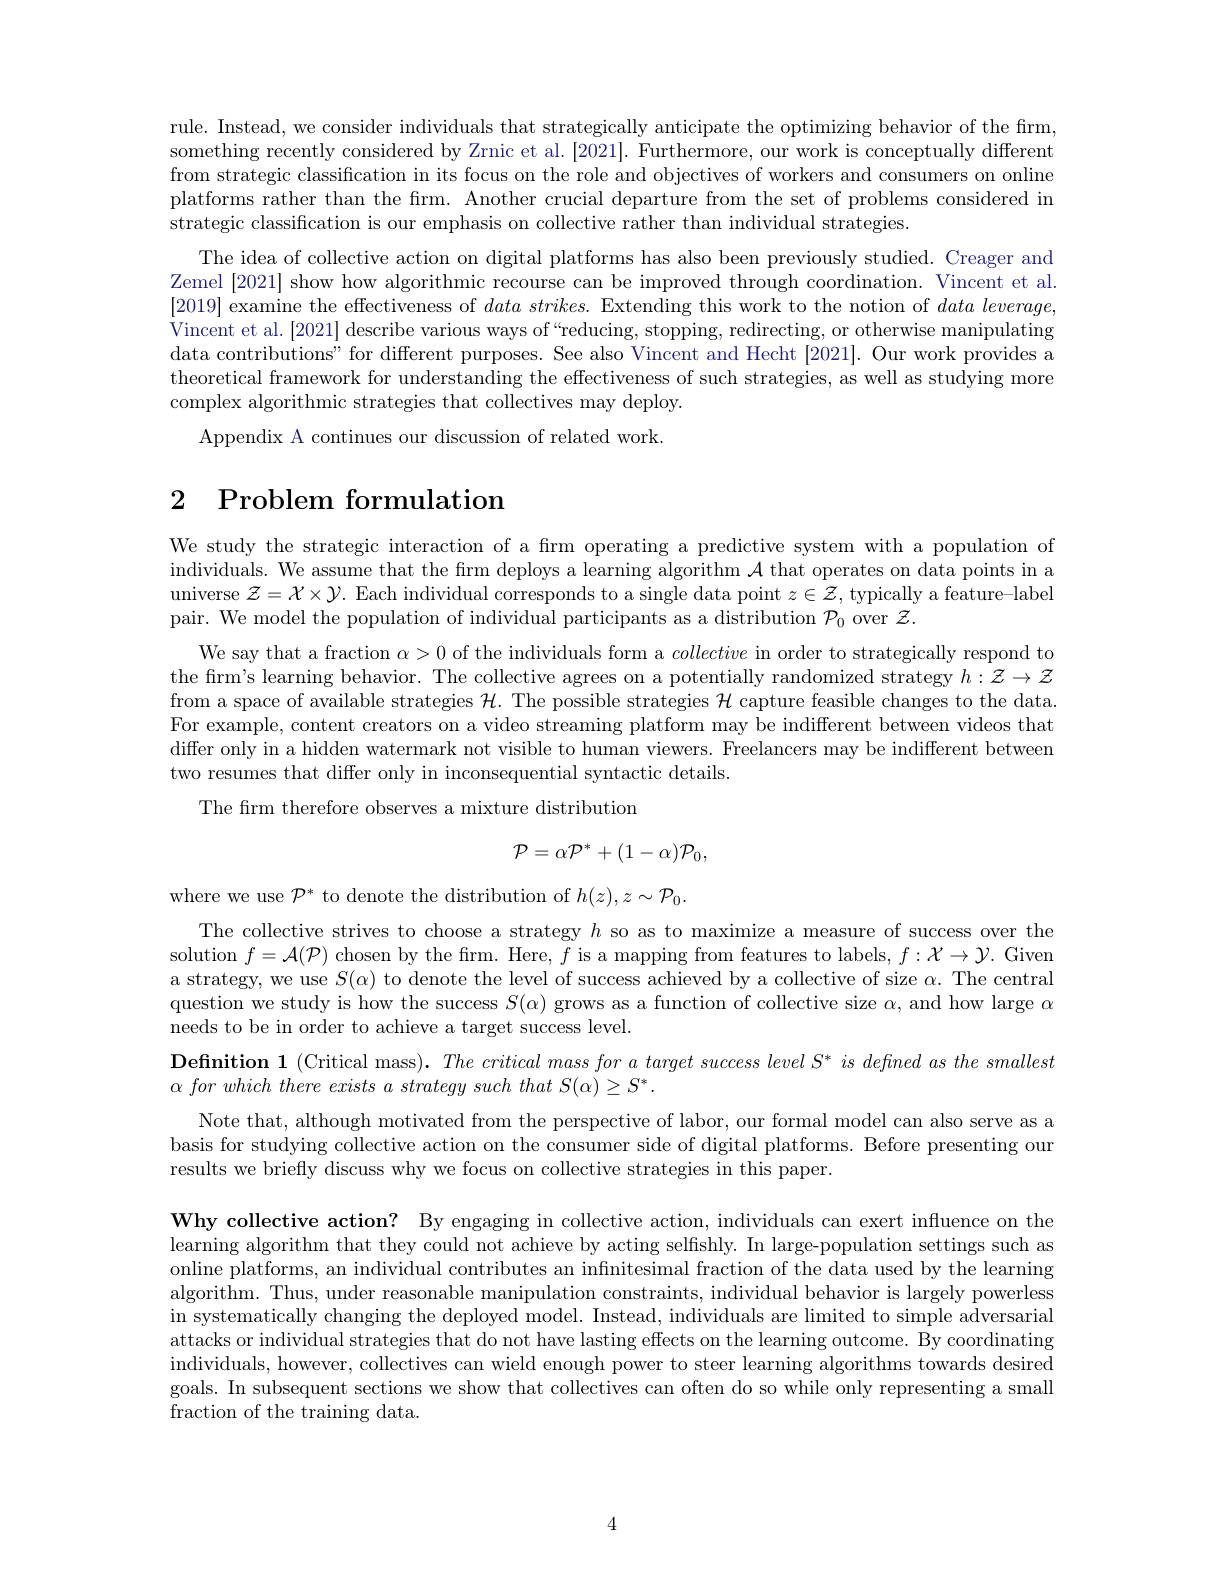
rule. Instead, we consider individuals that strategically anticipate the optimizing behavior of the firm, something recently considered by Zrnic et al. [2021]. Furthermore, our work is conceptually different from strategic classification in its focus on the role and objectives of workers and consumers on online platforms rather than the firm. Another crucial departure from the set of problems considered in strategic classification is our emphasis on collective rather than individual strategies.
The idea of collective action on digital platforms has also been previously studied. Creager and Zemel [2021] show how algorithmic recourse can be improved through coordination. Vincent et al. [2019] examine the effectiveness of $data\textit{strikes. Extending this work to the notion of }data\textit{leverage, }$ Vincent et al. [2021] describe various ways of“reducing, stopping, redirecting, or otherwise manipulating data contributions" for different purposes. See also Vincent and Hecht [2021]. Our work provides a theoretical framework for understanding the effectiveness of such strategies, as well as studying more complex algorithmic strategies that collectives may deploy.
Appendix A continues our discussion of related work.

# 2 Problem formulation

We study the strategic interaction of a firm operating a predictive system with a population of individuals. We assume that the firm deploys a learning algorithm $\mathcal{A}$ that operates on data points in a universe $\mathcal{Z}=\mathcal{X}\times\mathcal{Y}.$ Each individual corresponds to a single data point $z\in\mathcal{Z}$, typically a feature-label pair. We model the population of individual participants as a distribution $\mathcal{P}_0$ over $\mathcal{Z}.$

We say that a fraction $\alpha>0$ of the individuals form a collective in order to strategically respond to the firm's learning behavior. The collective agrees on a potentially randomized strategy $h:\mathcal{Z}\to\mathcal{Z}$ from a space of available strategies $\mathcal{H}.$ The possible strategies $\mathcal{H}$ capture feasible changes to the data. For example, content creators on a video streaming platform may be indifferent between videos that differ only in a hidden watermark not visible to human viewers. Freelancers may be indifferent between two resumes that differ only in inconsequential syntactic details.
The frm therefore observes a mixture distribution
$$\mathcal{P}=\alpha\mathcal{P}^{*}+(1-\alpha)\mathcal{P}_{0},$$
where we use $\mathcal{P}^*$ to denote the distribution of $h(z),z\sim\mathcal{P}_0.$
The collective strives to choose a strategy $h$ so as to maximize a measure of success over the solution $f=\mathcal{A}(\mathcal{P})$ chosen by the firm. Here, $f$ is a mapping from features to labels, $f:\mathcal{X}\to\mathcal{Y}.$ Given a strategy, we use $S(\alpha)$ to denote the level of success achieved by a collective of size $\alpha.$ The central question we study is how the success $S(\alpha)$ grows as a function of collective size $\alpha$, and how large $\alpha$ needs to be in order to achieve a target success level.
$\textbf{Definition 1 }($Critical mass). $The\textit{critical mass for a target success level S}^{* }\textit{ is defined as the smallest}$
$\alpha\textit{ for which there exists a strategy such that S() S}^{*}.$
Note that, although motivated from the perspective of labor, our formal model can also serve as a basis for studying collective action on the consumer side of digital platforms. Before presenting our results we briefly discuss why we focus on collective strategies in this paper.

Why collective action? By engaging in collective action, individuals can exert influence on the learning algorithm that they could not achieve by acting selfishly. In large-population settings such as online platforms, an individual contributes an infinitesimal fraction of the data used by the learning algorithm. Thus, under reasonable manipulation constraints, individual behavior is largely powerless in systematically changing the deployed model. Instead, individuals are limited to simple adversarial attacks or individual strategies that do not have lasting effects on the learning outcome. By coordinating individuals, however, collectives can wield enough power to steer learning algorithms towards desired goals. In subsequent sections we show that collectives can often do so while only representing a small fraction of the training data.